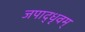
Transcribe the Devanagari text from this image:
जपाद्‌धृवम्